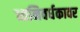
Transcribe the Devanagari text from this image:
ध्वनिवर्धकावर